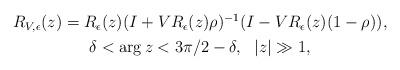
LaTeX: \begin{align*} \begin{gathered} R_{ V , \epsilon } ( z ) = R_\epsilon ( z ) ( I + V R_\epsilon ( z ) \rho )^{-1} ( I - V R_\epsilon ( z ) ( 1 - \rho ) ) , \\ \delta < \arg z < 3 \pi/2 - \delta , \ \ | z| \gg 1 , \end{gathered}\end{align*}